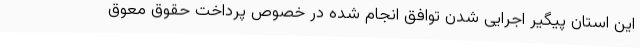
این استان پیگیر اجرایی شدن توافق انجام شده در خصوص پرداخت حقوق معوق